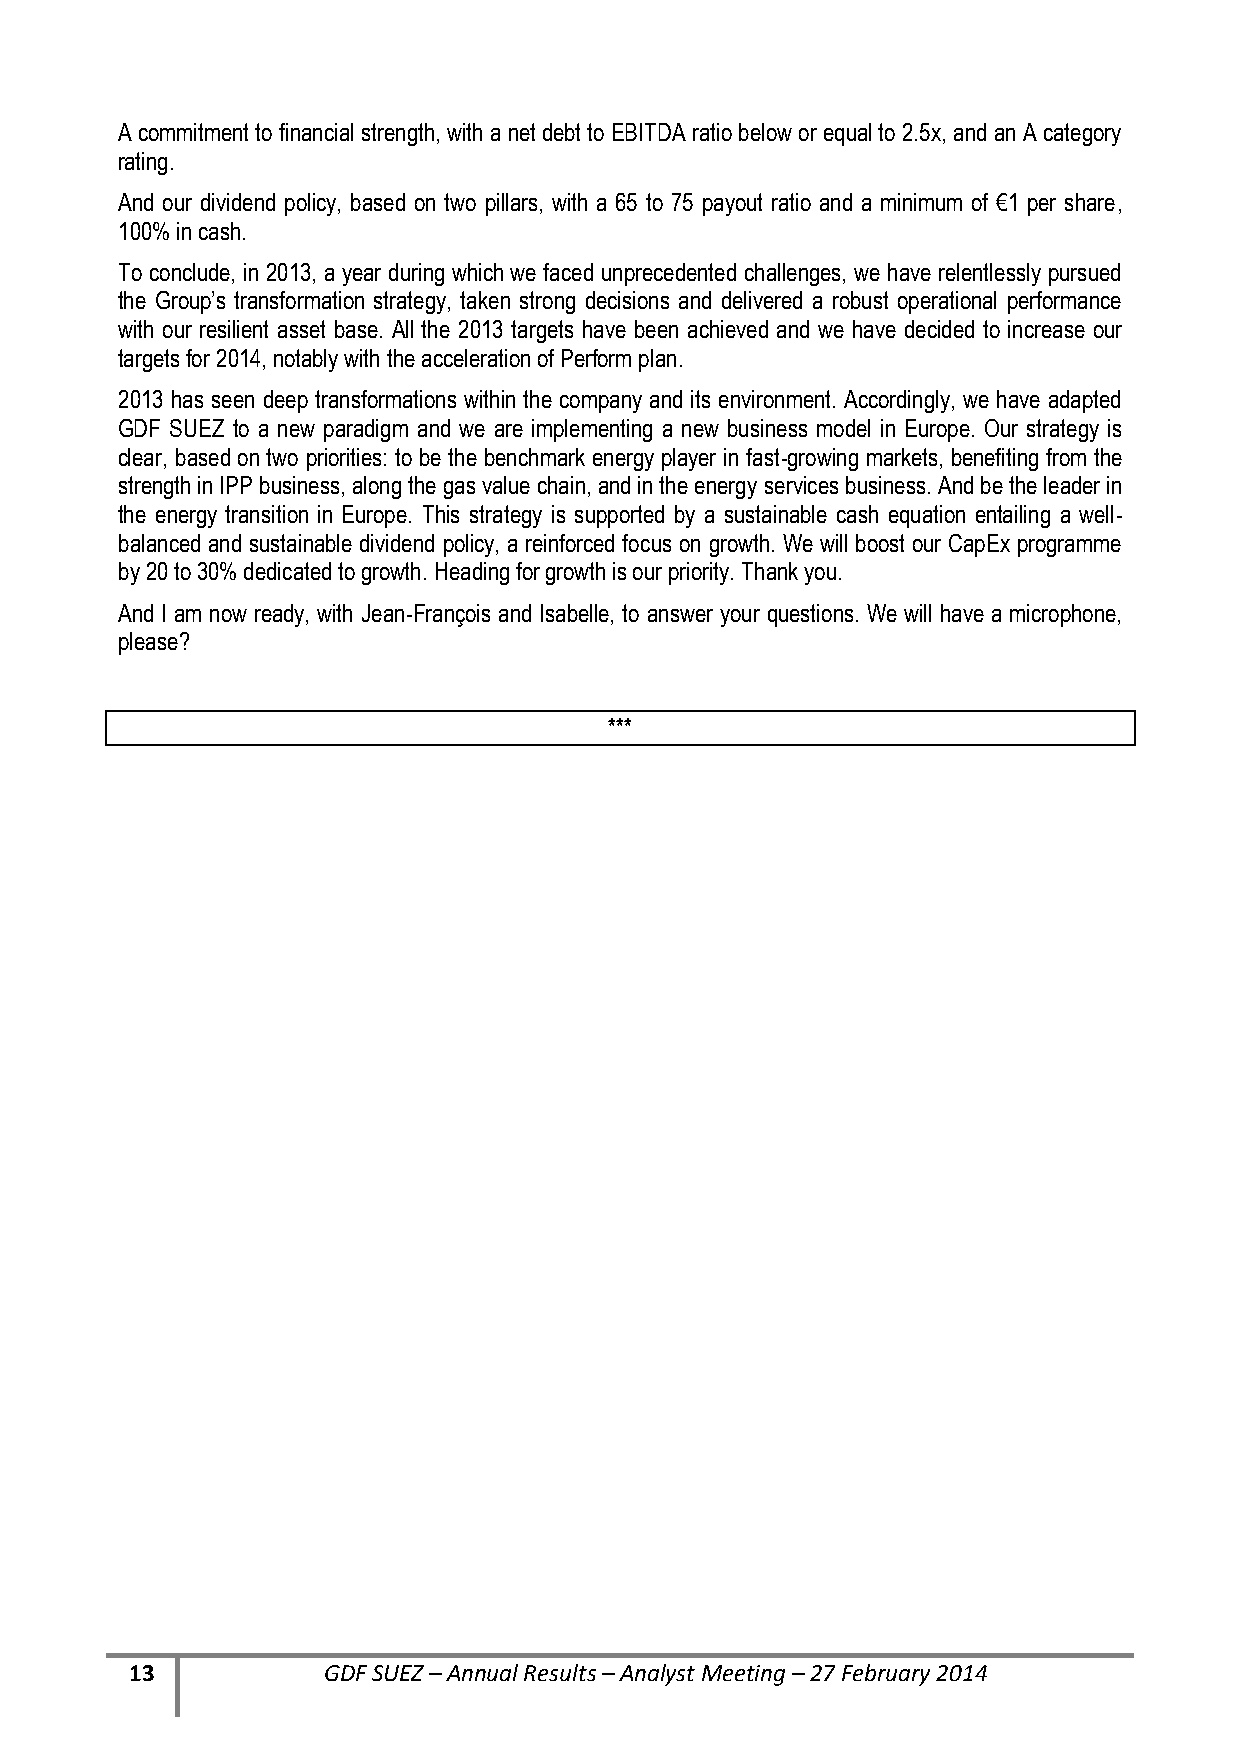
A commitment to financial strength, with a net debt to EBITDA ratio below or equal to 2.5x, and an A category
 rating.
 And our dividend policy, based on two pillars, with a 65 to 75 payout ratio and a minimum of €1 per share,
 100% in cash.
 To conclude, in 2013, a year during which we faced unprecedented challenges, we have relentlessly pursued
 the Group’s transformation strategy, taken strong decisions and delivered a robust operational performance
 with our resilient asset base. All the 2013 targets have been achieved and we have decided to increase our
 targets for 2014, notably with the acceleration of Perform plan.
 2013 has seen deep transformations within the company and its environment. Accordingly, we have adapted
 GDF SUEZ to a new paradigm and we are implementing a new business model in Europe. Our strategy is
 clear, based on two priorities: to be the benchmark energy player in fast-growing markets, benefiting from the
 strength in IPP business, along the gas value chain, and in the energy services business. And be the leader in
 the energy transition in Europe. This strategy is supported by a sustainable cash equation entailing a well-
 balanced and sustainable dividend policy, a reinforced focus on growth. We will boost our CapEx programme
 by 20 to 30% dedicated to growth. Heading for growth is our priority. Thank you.
 And I am now ready, with Jean-François and Isabelle, to answer your questions. We will have a microphone,
 please?
 ***
 13          GDF SUEZ – Annual Results – Analyst Meeting – 27 February 2014